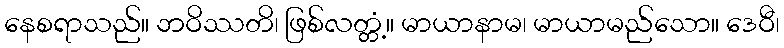
နေစရာသည်။ ဘဝိဿတိ၊ ဖြစ်လတ္တံ့။ မာယာနာမ၊ မာယာမည်သော။ ဒေဝီ၊